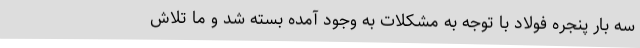
سه بار پنجره فولاد با توجه به مشکلات به وجود آمده بسته شد و ما تلاش